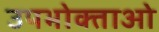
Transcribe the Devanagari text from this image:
उपभोक्‍ताओ